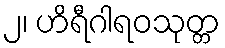
၂၊ ဟိရီဂါရဝသုတ္တ